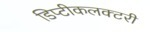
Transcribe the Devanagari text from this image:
डिप्टीकलक्टरी